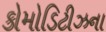
કોમોડિટીઝના